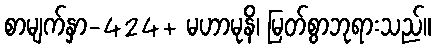
စာမျက်နှာ-424+ မဟာမုနိ၊ မြတ်စွာဘုရားသည်။